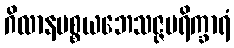
ဂိလာနပစ္စယဘေသဇ္ဇပရိက္ခာရံ